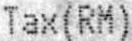
TAX(RM)